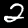
Label: 2